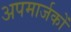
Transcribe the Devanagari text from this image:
अपमार्जकों